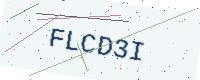
Text: FLCD3I